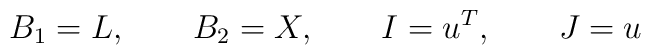
B_1=L,\qquad  B_2=X,\qquad  I=u\sp{T},\qquad  J=u